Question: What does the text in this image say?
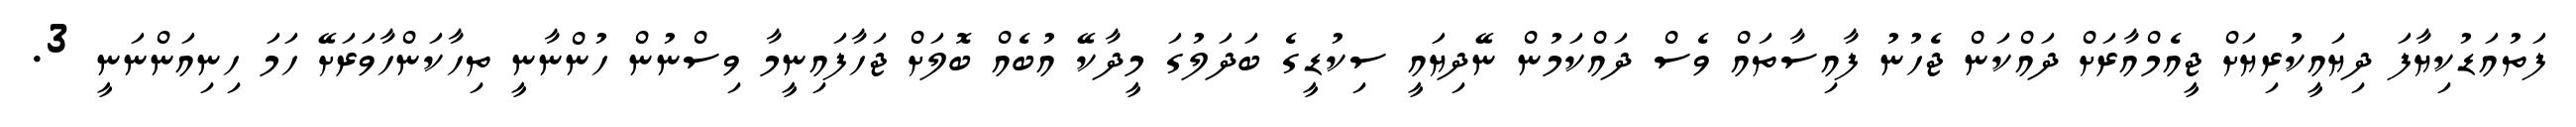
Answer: ފަތުއަޑުކިޔާފަ ދިޔައީކުރިޔަށް ޖީއެމްއާރަށް ދައްކަން ޖެހުނު ފާއިސާތައް ވެސް ދައްކަމުން ނޭދިޔައީ ސިކުޑީގެ ބަދަލުގަ މީދާކޭ އުބެއް ބޮލަށް ޖަހާފައިނީމާ ވިސްނުން ހުންނާނީ ތިހާކަންހާވަރަށޭ ހަމަ ހިނިއަންނަނީ 3.